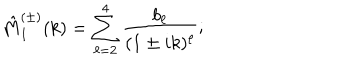
LaTeX: \hat { M } _ { 1 } ^ { ( \pm ) } ( k ) = \sum _ { \ell = 2 } ^ { 4 } \frac { b _ { \ell } } { ( 1 \pm i k ) ^ { \ell } } ;